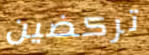
تركضين